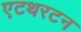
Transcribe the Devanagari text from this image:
एटथरटन